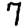
Digit: 7